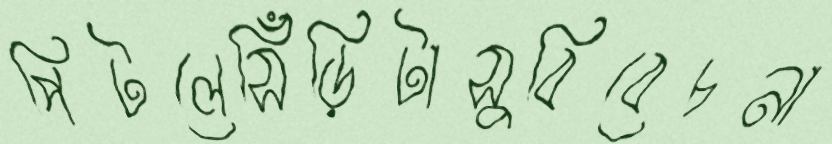
পিটলেসিঁড়িটাসুবিবেচনা